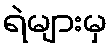
ရဲများမှ